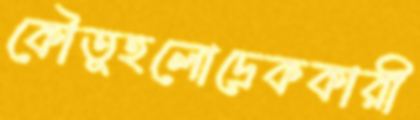
কৌতূহলোদ্রেককারী